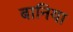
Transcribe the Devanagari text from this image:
बानिया